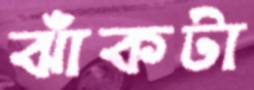
ঝাঁকটা